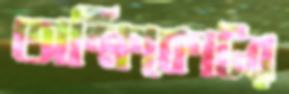
অক্ষিকোটর